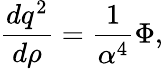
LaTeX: {\frac{dq^{2}}{d\rho}}={\frac{1}{\alpha^{4}}}\Phi,